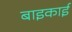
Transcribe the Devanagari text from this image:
बाइकाई